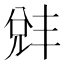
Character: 𫤛